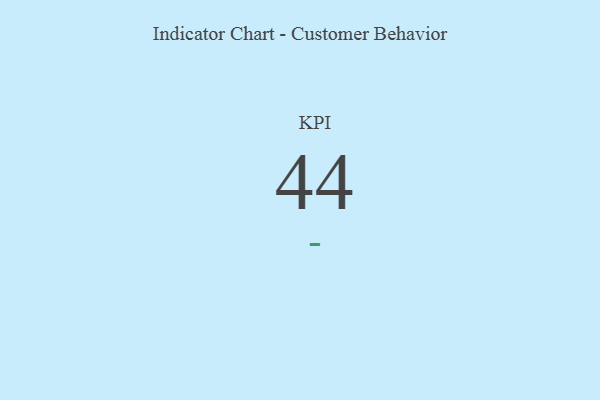
{"axis": {"x": "KPI", "y": "Value"}, "legend": [""], "data": [{"x": "KPI", "y": 44, "type": ""}]}